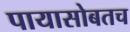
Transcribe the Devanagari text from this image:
पायासोबतच